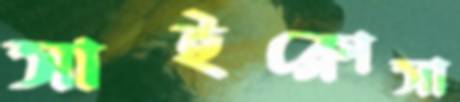
সাইক্লোসা